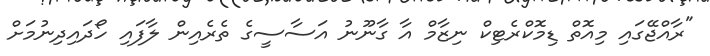
"ރާއްޖޭގައި މިއޮތް ޑިމޮކްރެޓިކް ނިޒާމް އާ ގާނޫނު އަސާސީގެ ތެރެއިން ލާފައި ހޯދައިދިނުމަށް